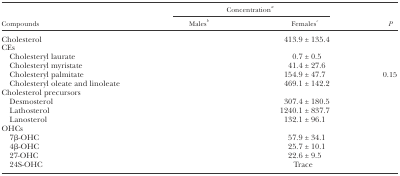
<table><thead><tr><td rowspan="2"><b>Compounds</b></td><td colspan="2"><b>Concentration<i><sup>a</sup></i></b></td><td rowspan="2"><b><i>P</i></b></td></tr><tr><td><b>Males<i><sup>b</sup></i></b></td><td><b>Females<i><sup>c</sup></i></b></td></tr></thead><tbody><tr><td>Cholesterol</td><td>[EMPTY_CELL]</td><td>413.9 ± 135.4</td><td>[EMPTY_CELL]</td></tr><tr><td>CEs</td><td>[EMPTY_CELL]</td><td>[EMPTY_CELL]</td><td>[EMPTY_CELL]</td></tr><tr><td> Cholesteryl laurate</td><td>[EMPTY_CELL]</td><td>0.7 ± 0.5</td><td>[EMPTY_CELL]</td></tr><tr><td> Cholesteryl myristate</td><td>[EMPTY_CELL]</td><td>41.4 ± 27.6</td><td>[EMPTY_CELL]</td></tr><tr><td> Cholesteryl palmitate</td><td>[EMPTY_CELL]</td><td>154.9 ± 47.7</td><td>0.15</td></tr><tr><td> Cholesteryl oleate and linoleate</td><td>[EMPTY_CELL]</td><td>469.1 ± 142.2</td><td>[EMPTY_CELL]</td></tr><tr><td>Cholesterol precursors</td><td>[EMPTY_CELL]</td><td>[EMPTY_CELL]</td><td>[EMPTY_CELL]</td></tr><tr><td> Desmosterol</td><td>[EMPTY_CELL]</td><td>307.4 ± 180.5</td><td>[EMPTY_CELL]</td></tr><tr><td> Lathosterol</td><td>[EMPTY_CELL]</td><td>1240.1 ± 837.7</td><td>[EMPTY_CELL]</td></tr><tr><td> Lanosterol</td><td>[EMPTY_CELL]</td><td>132.1 ± 96.1</td><td>[EMPTY_CELL]</td></tr><tr><td>OHCs</td><td>[EMPTY_CELL]</td><td>[EMPTY_CELL]</td><td>[EMPTY_CELL]</td></tr><tr><td> 7β-OHC</td><td>[EMPTY_CELL]</td><td>57.9 ± 34.1</td><td>[EMPTY_CELL]</td></tr><tr><td> 4β-OHC</td><td>[EMPTY_CELL]</td><td>25.7 ± 10.1</td><td>[EMPTY_CELL]</td></tr><tr><td> 27-OHC</td><td>[EMPTY_CELL]</td><td>22.6 ± 9.5</td><td>[EMPTY_CELL]</td></tr><tr><td> 24S-OHC</td><td>[EMPTY_CELL]</td><td>Trace</td><td>[EMPTY_CELL]</td></tr></tbody></table>